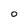
Character: o